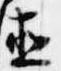
直